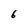
Character: 6